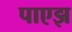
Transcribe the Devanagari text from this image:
पाएझ